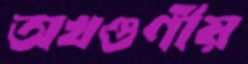
অখণ্ডণীয়